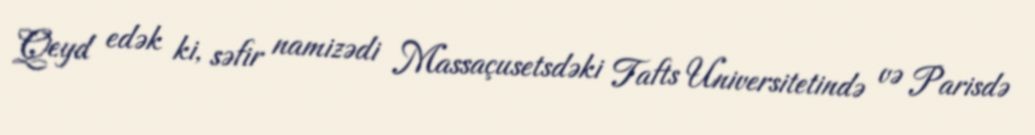
Qeyd edək ki, səfir namizədi Massaçusetsdəki Tafts Universitetində və Parisdə